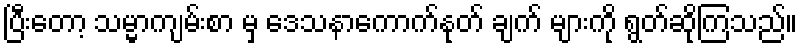
ပြီးတော့ သမ္မာကျမ်းစာ မှ ဒေသနာကောက်နုတ် ချက် များကို ရွတ်ဆိုကြသည်။